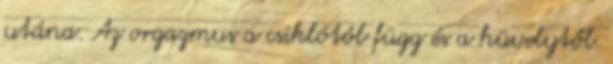
utána. Az orgazmus a csiklótól függ és a hüvelytől.